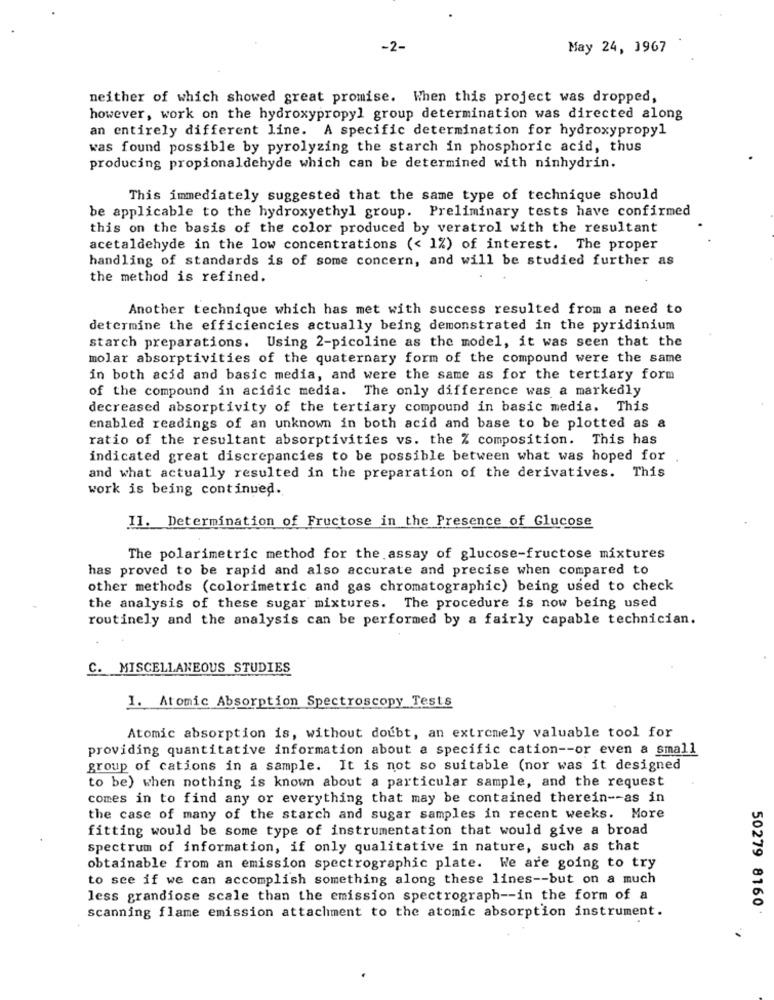
-2-
May 24, 1967
neither of which showed great promise. When this project was dropped,
however, work on the hydroxypropyl group determination was directed along
an entirely different line. A specific determination for hydroxypropyl
was found possible by pyrolyzing the starch in phosphoric acid, thus
producing propionaldehyde which can be determined with ninhydrin.
This immediately suggested that the same type of technique should
be applicable to the hydroxyethyl group. Preliminary tests have confirmed
this on the basis of the color produced by veratrol with the resultant
acetaldehyde in the low concentrations (< 1%) of interest. The proper
handling of standards is of some concern, and will be studied further as
the method is refined.
Another technique which has met with success resulted from a need to
determine the efficiencies actually being demonstrated in the pyridinium
starch preparations. Using 2-picoline as the model, it was seen that the
molar absorptivities of the quaternary form of the compound were the same
in both acid and basic media, and were the same as for the tertiary form
of the compound in acidic media. The only difference was a markedly
decreased absorptivity of the tertiary compound in basic media. This
enabled readings of an unknown in both acid and base to be plotted as a
ratio of the resultant absorptivities vs. the % composition. This has
indicated great discrepancies to be possible between what was hoped for
and what actually resulted in the preparation of the derivatives. This
work is being continued.
II. Determination of Fructose in the Presence of Glucose
The polarimetric method for the assay of glucose-fructose mixtures
has proved to be rapid and also accurate and precise when compared to
other methods (colorimetric and gas chromatographic) being used to check
the analysis of these sugar mixtures. The procedure is now being used
routinely and the analysis can be performed by a fairly capable technician.
C. MISCELLANEOUS STUDIES
1. Atomic Absorption Spectroscopy Tests
Atomic absorption is, without doubt, an extremely valuable tool for
providing quantitative information about a specific cation -- or even a small
group of cations in a sample. It is not so suitable (nor was it designed
to be) when nothing is known about a particular sample, and the request
comes in to find any or everything that may be contained therein -- as in
the case of many of the starch and sugar samples in recent weeks. More
fitting would be some type of instrumentation that would give a broad
spectrum of information, if only qualitative in nature, such as that
obtainable from an emission spectrographic plate. We are going to try
to see if we can accomplish something along these lines -- but on a much
less grandiose scale than the emission spectrograph -- in the form of a
scanning flame emission attachment to the atomic absorption instrument.
50279 8160.